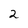
Character: 2